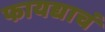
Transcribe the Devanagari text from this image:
फायद्याचं